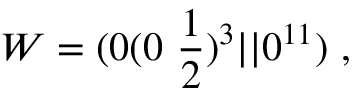
W = ( 0 ( 0 ~ { \frac { 1 } { 2 } } ) ^ { 3 } \vert \vert 0 ^ { 1 1 } ) ~ , \nonumber